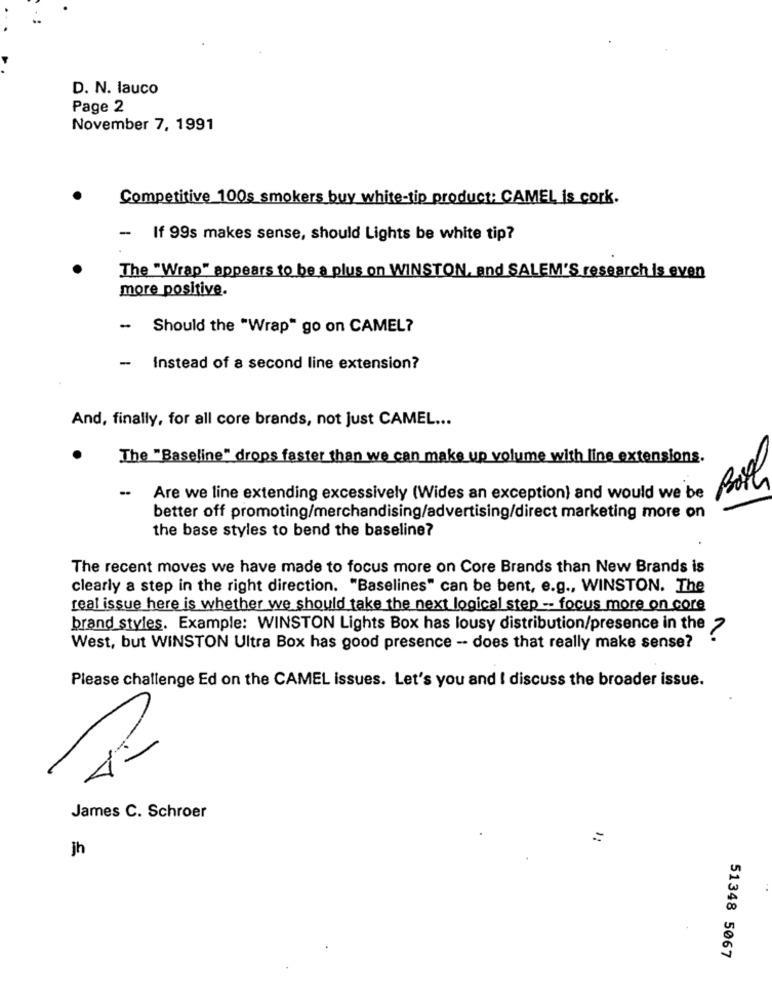
D. N. lauco
Page 2
November 7, 1991
Competitive 100s smokers buy white-tip product: CAMEL is cork.
- If 99s makes sense, should Lights be white tip?
The "Wrap" appears to be a plus on WINSTON, and SALEM'S research is even
more positive.
Should the "Wrap" go on CAMEL?
- instead of a second line extension?
And, finally, for all core brands, not just CAMEL ...
The "Baseline" drops faster than we can make up volume with line extensions.
Are we line extending excessively (Wides an exception) and would we be
better off promoting/merchandising/advertising/direct marketing more on
the base styles to bend the baseline?
The recent moves we have made to focus more on Core Brands than New Brands is
clearly a step in the right direction. "Baselines" can be bent, e.g ., WINSTON. The
real issue here is whether we should take the next logical step -- focus more on core
brand styles. Example: WINSTON Lights Box has lousy distribution/presence in the 2
West, but WINSTON Ultra Box has good presence - does that really make sense?
Please challenge Ed on the CAMEL issues. Let's you and I discuss the broader issue.
James C. Schroer
=
jh
51348 5067